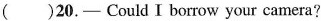
( )20.—Could I borrow your camera?